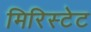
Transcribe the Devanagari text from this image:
मिरिस्टेट